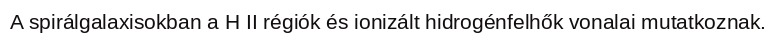
A spirálgalaxisokban a H II régiók és ionizált hidrogénfelhők vonalai mutatkoznak.